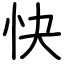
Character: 快